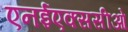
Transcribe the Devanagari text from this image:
एनईएक्ससीओ